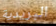
البريدية